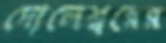
দোলেশ্বরের